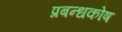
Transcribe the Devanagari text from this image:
प्रबन्धकोष